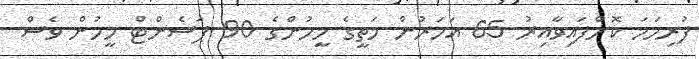
ފުރިހަމަ ކޮށްފައިވާއިރު 65 އަހަރުން މަތީގެ މީހުންގެ 90 ޕަސެންޓް މީހުން ވެސް